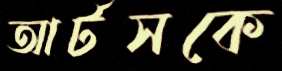
আর্টসকে